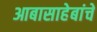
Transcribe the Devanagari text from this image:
आबासाहेबांचे